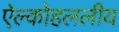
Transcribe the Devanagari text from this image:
ऐल्कोहललीय